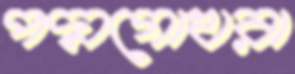
পদ্মগোখরা